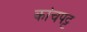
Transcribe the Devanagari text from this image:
कांचपट्ट